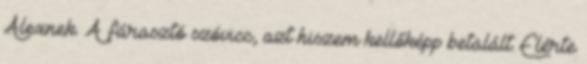
Alexnek. A fárasztó szóvicc, azt hiszem kellőképp betalált. Elérte